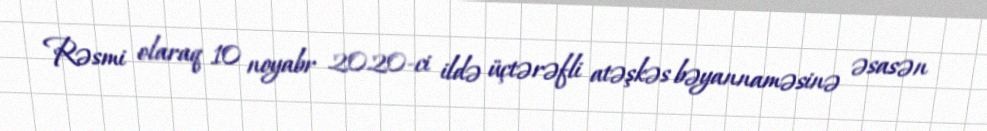
Rəsmi olaraq 10 noyabr 2020-ci ildə üçtərəfli atəşkəs bəyannaməsinə əsasən